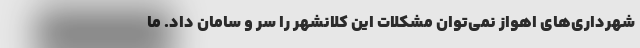
شهرداری‌های اهواز نمی‌توان مشکلات این کلانشهر را سر و سامان داد. ما